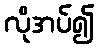
လိုအပ်၍